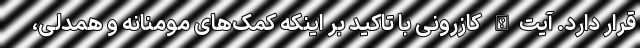
قرار دارد. آیت‌الله کازرونی با تاکید بر اینکه کمک‌های مومنانه و همدلی،